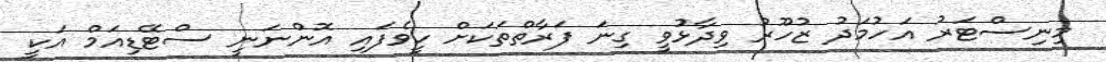
މިނިސްޓަރު އަހުމަދު ޒުހޫރު ވިދާޅުވީ ގިނަ ފަރާތްތަކަށް ހީވެފައި އޮންނަނީ ސްޓޭޑިއަމް އަކީ